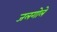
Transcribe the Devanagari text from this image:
जलगोले